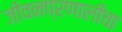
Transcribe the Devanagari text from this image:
जीवनप्रणालीचा